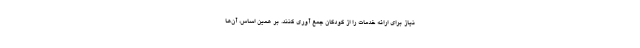
نیاز برای ارائه خدمات را از کودکان جمع آوری کنند. بر همین اساس، آن‌ها